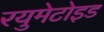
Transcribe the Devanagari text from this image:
रयुमेटोइड